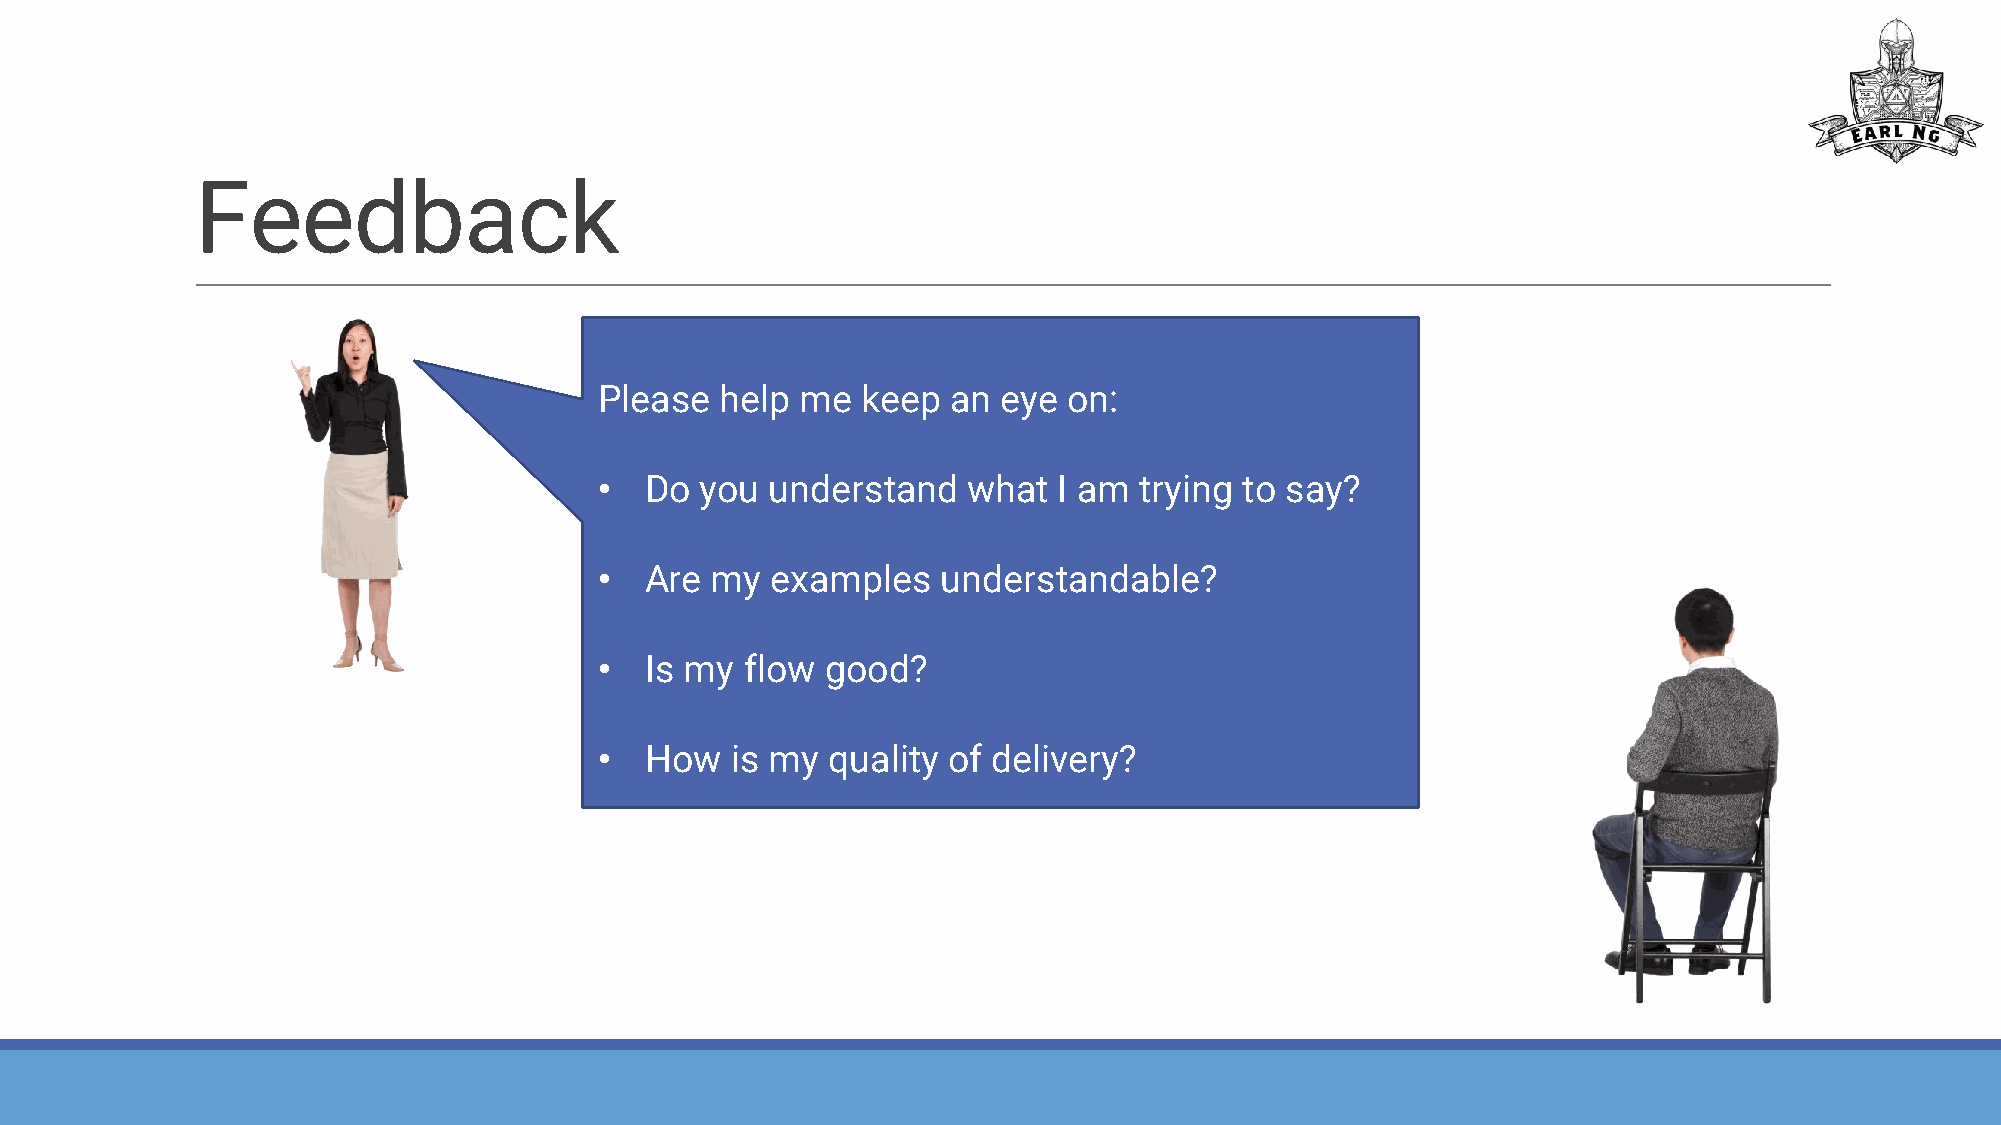
Feedback
 Please  help me  keep  an eye  on:
 •  Do you  understand   what  I am trying to say?
 •  Are my  examples   understandable?
 •  Is my flow  good?
 •  How  is my  quality of delivery?